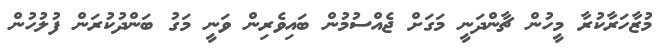
މުޒާހަރާކުރާ މީހުން ޗާންދަނީ މަގަށް ޖެއްސުމުން ބައިވެރިން ވަނީ މަގު ބަންދުކުރަން ފުލުހުން